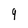
Character: 9